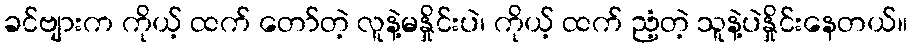
ခင်ဗျားက ကိုယ့် ထက် တော်တဲ့ လူနဲ့မနှိုင်းပဲ၊ ကိုယ့် ထက် ညံ့တဲ့ သူနဲ့ပဲနှိုင်းနေတယ်။